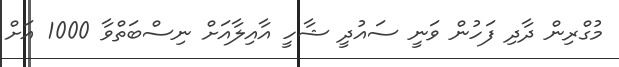
މުގްރިން ދާދި ފަހުން ވަނީ ސައުދީ ޝާހީ އާއިލާއަށް ނިސްބަތްވާ 1000 އަށް